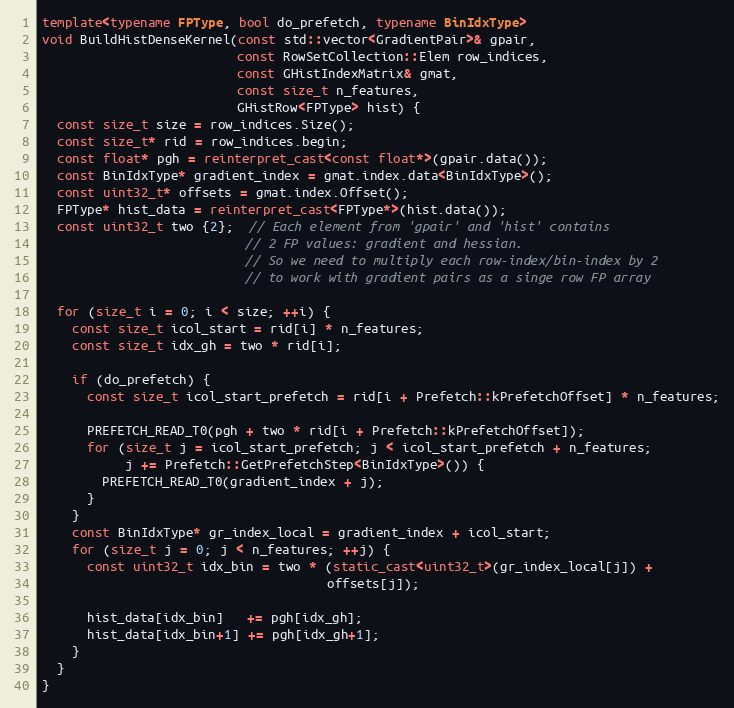
Language: C++
template<typename FPType, bool do_prefetch, typename BinIdxType>
void BuildHistDenseKernel(const std::vector<GradientPair>& gpair,
                          const RowSetCollection::Elem row_indices,
                          const GHistIndexMatrix& gmat,
                          const size_t n_features,
                          GHistRow<FPType> hist) {
  const size_t size = row_indices.Size();
  const size_t* rid = row_indices.begin;
  const float* pgh = reinterpret_cast<const float*>(gpair.data());
  const BinIdxType* gradient_index = gmat.index.data<BinIdxType>();
  const uint32_t* offsets = gmat.index.Offset();
  FPType* hist_data = reinterpret_cast<FPType*>(hist.data());
  const uint32_t two {2};  // Each element from 'gpair' and 'hist' contains
                           // 2 FP values: gradient and hessian.
                           // So we need to multiply each row-index/bin-index by 2
                           // to work with gradient pairs as a singe row FP array

  for (size_t i = 0; i < size; ++i) {
    const size_t icol_start = rid[i] * n_features;
    const size_t idx_gh = two * rid[i];

    if (do_prefetch) {
      const size_t icol_start_prefetch = rid[i + Prefetch::kPrefetchOffset] * n_features;

      PREFETCH_READ_T0(pgh + two * rid[i + Prefetch::kPrefetchOffset]);
      for (size_t j = icol_start_prefetch; j < icol_start_prefetch + n_features;
           j += Prefetch::GetPrefetchStep<BinIdxType>()) {
        PREFETCH_READ_T0(gradient_index + j);
      }
    }
    const BinIdxType* gr_index_local = gradient_index + icol_start;
    for (size_t j = 0; j < n_features; ++j) {
      const uint32_t idx_bin = two * (static_cast<uint32_t>(gr_index_local[j]) +
                                      offsets[j]);

      hist_data[idx_bin]   += pgh[idx_gh];
      hist_data[idx_bin+1] += pgh[idx_gh+1];
    }
  }
}